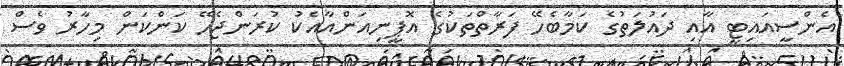
އެންސީއައިޓީ އާއި ދައުލަތުގެ ކަމާބެހޭ ފަރާތްތަކުގެ އޮޕީނިއަންއާއެކު ކުރަންޖެހޭ ކަންކަން މިހާރު ވެސް